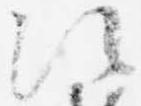
次